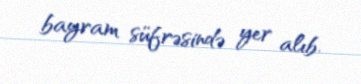
bayram süfrəsində yer alıb.